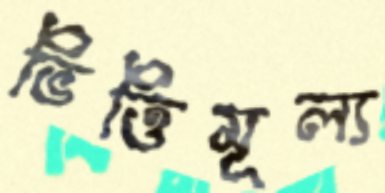
ভিত্তিমূল্য